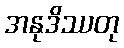
အနုဒိဿတု